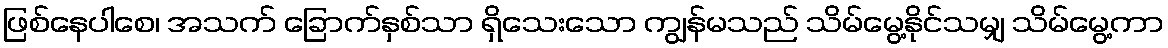
ဖြစ်နေပါစေ၊ အသက် ခြောက်နှစ်သာ ရှိသေးသော ကျွန်မသည် သိမ်မွေ့နိုင်သမျှ သိမ်မွေ့ကာ